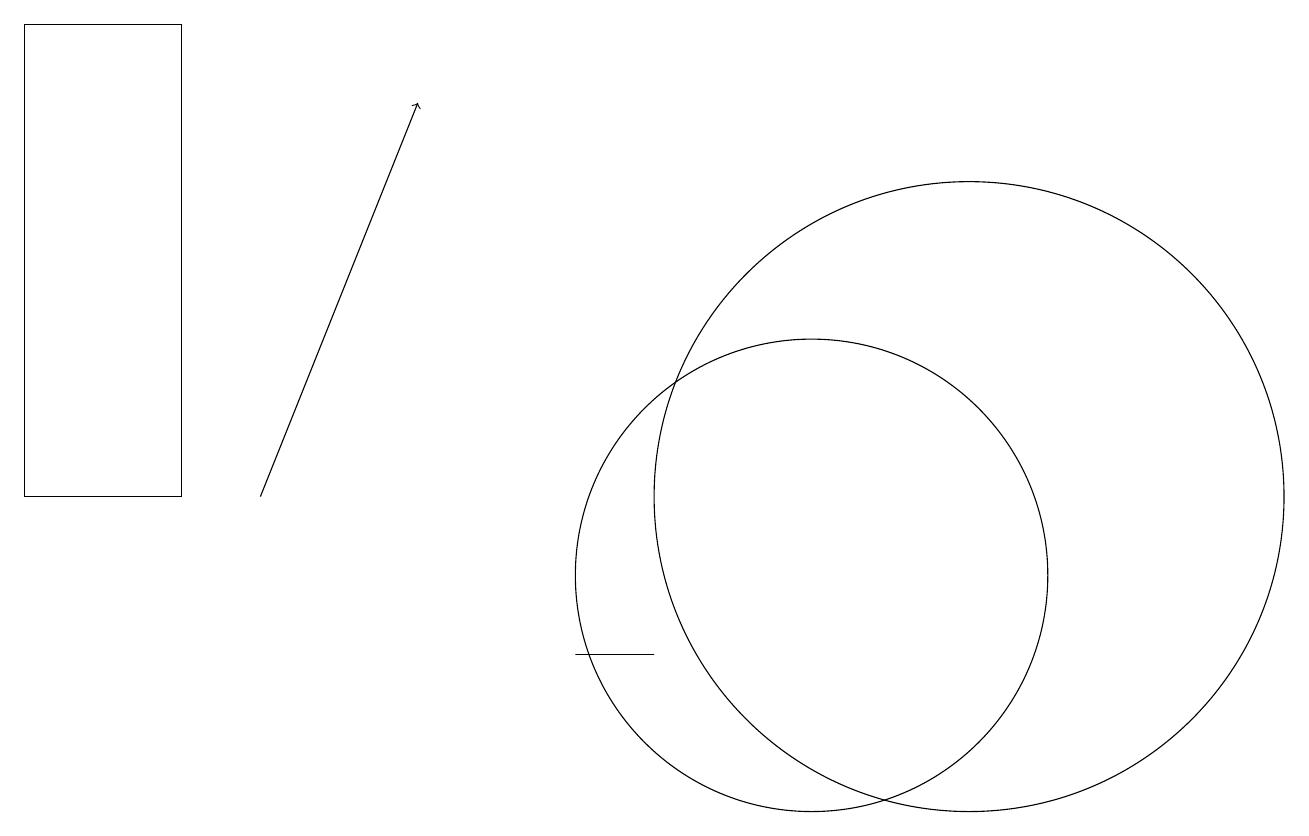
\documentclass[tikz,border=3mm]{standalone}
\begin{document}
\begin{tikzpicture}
\draw (2,12) rectangle (0,18);
\draw (10,11) circle (3);
\draw (8,10) rectangle (7,10);
\draw[->] (3,12) -- (5,17);
\draw (12,12) circle (4);
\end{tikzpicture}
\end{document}